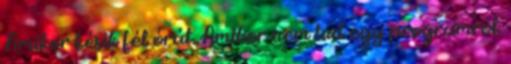
Amikor késik fél órát. Amikor nem tud egy programról.